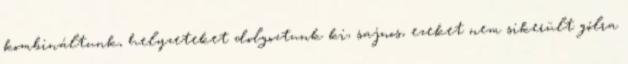
kombináltunk, helyzeteket dolgoztunk ki, sajnos, ezeket nem sikerült gólra